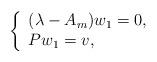
LaTeX: \begin{align*} \left\{ \begin{array}{ll} (\lambda-A_m)w_1=0, & \hbox{ } \\ Pw_1=v, & \hbox{ } \end{array} \right.\end{align*}